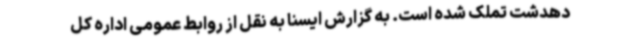
دهدشت تملک شده است. به گزارش ایسنا به نقل از روابط عمومی اداره کل